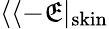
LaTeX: \langle\langle-\mathfrak{E}|_{\mathrm{{skin}}}